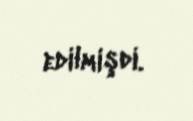
edilmişdi.